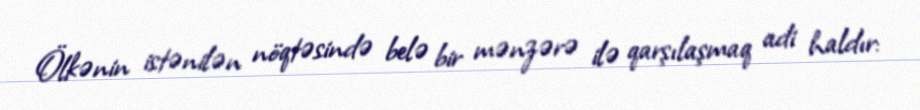
Ölkənin istənilən nöqtəsində belə bir mənzərə ilə qarşılaşmaq adi haldır: